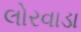
લોરવાડા